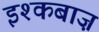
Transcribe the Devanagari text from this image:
इश्कबाज़